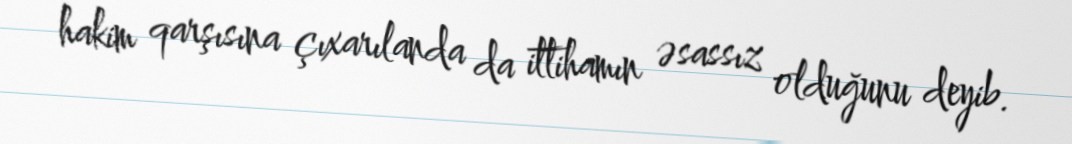
hakim qarşısına çıxarılanda da ittihamın əsassız olduğunu deyib.